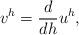
LaTeX: \begin{align*}v^h = \frac{d}{dh} u^h,\end{align*}